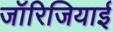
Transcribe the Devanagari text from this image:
जॉरिजियाई